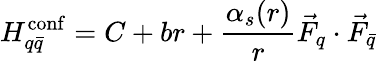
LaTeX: H_{q\bar{q}}^{\mathrm{conf}}=C+br+{\frac{\alpha_{s}(r)}{r}}\vec{F}_{q}\cdot\vec{F}_{\bar{q}}